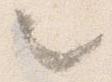
々